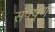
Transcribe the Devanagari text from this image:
संपेष्रण